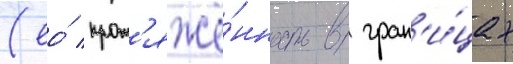
(ео́ прот'яжё́нность в гран'и́цах